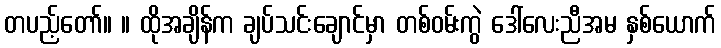
တပည့်တော်။ ။ ထိုအချိန်က ချပ်သင်းချောင်မှာ တစ်ဝမ်းကွဲ ဒေါ်လေးညီအမ နှစ်ယောက်